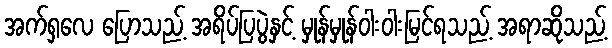
အက်ရှလေ ပြောသည့် အရိပ်ပြပွဲနှင့် မှုန်မှုန်ဝါးဝါးမြင်ရသည့် အရာဆိုသည့်